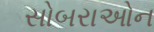
સોબરાઓન